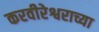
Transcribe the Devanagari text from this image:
करवीरेश्वराच्या